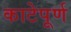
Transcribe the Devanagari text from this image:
काटेपूर्ण